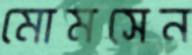
মোমসেন